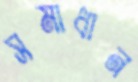
সমাধান